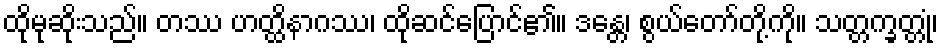
ထိုမုဆိုးသည်။ တဿ ဟတ္ထိနာဂဿ၊ ထိုဆင်ပြောင်၏။ ဒန္တေ၊ စွယ်တော်တို့ကို။ သတ္တက္ခတ္တုံ၊